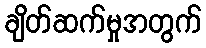
ချိတ်ဆက်မှုအတွက်